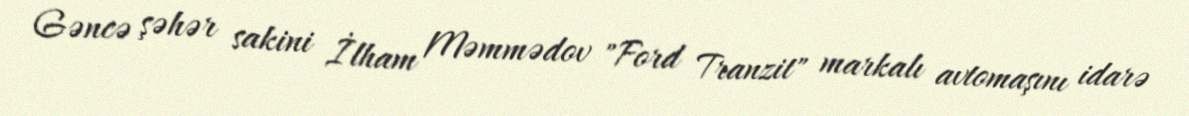
Gəncə şəhər sakini İlham Məmmədov "Ford Tranzit" markalı avtomaşını idarə